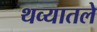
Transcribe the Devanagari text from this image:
थव्यातले